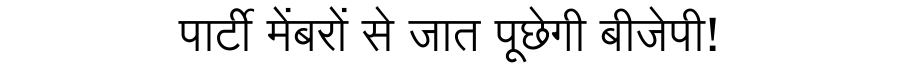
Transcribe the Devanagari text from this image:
पार्टी मेंबरों से जात पूछेगी बीजेपी!